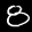
Label: 8